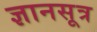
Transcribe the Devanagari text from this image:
ज्ञानसूत्र